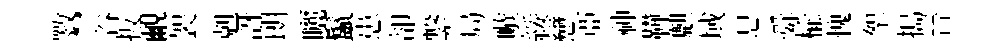
斁~谷扳覼袈剋訝朗曬鬣患卻繋局嗾綏戀亞神鞾麒域息舜榆愧挐搗晉